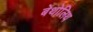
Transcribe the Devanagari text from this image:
बेथोलिथ